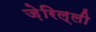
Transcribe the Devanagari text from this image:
ज़ेरिल्ली